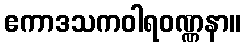
ဧကာဒသကဝါရဝဏ္ဏနာ။